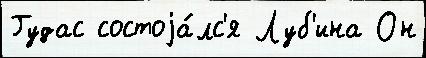
Гудас состоjа́лс'я Луб'ина Он